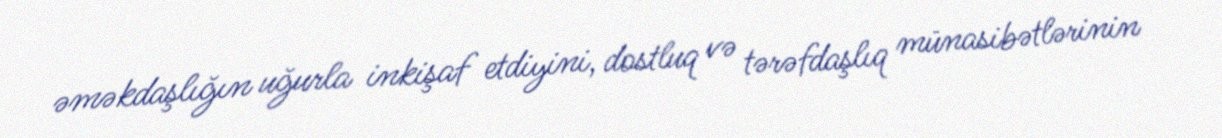
əməkdaşlığın uğurla inkişaf etdiyini, dostluq və tərəfdaşlıq münasibətlərinin